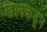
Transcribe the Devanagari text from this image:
खानकडून